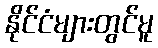
နိုင်ငံများတွင်မူ